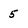
Character: 5